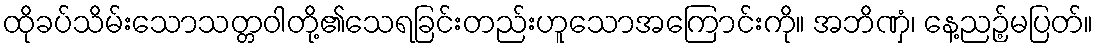
ထိုခပ်သိမ်းသောသတ္တဝါတို့၏သေရခြင်းတည်းဟူသောအကြောင်းကို။ အဘိဏှံ၊ နေ့ညဉ့်မပြတ်။